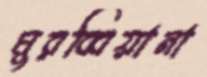
মুরব্বিয়ানা